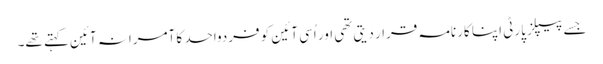
جسے پیپلز پارٹی اپنا کارنامہ قرار دیتی تھی اور اُسی آئین کو فردواحد کا آمرانہ آئین کہتے تھے۔